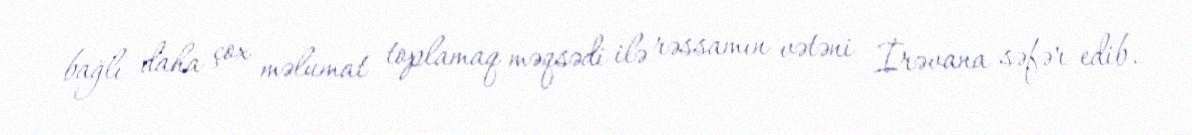
bağlı daha çox məlumat toplamaq məqsədi ilə rəssamın vətəni İrəvana səfər edib.